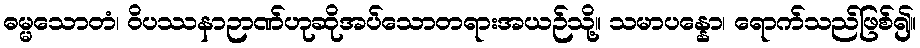
ဓမ္မသောတံ၊ ဝိပဿနာဉာဏ်ဟုဆိုအပ်သောတရားအယဉ်သို့။ သမာပန္နော၊ ရောက်သည်ဖြစ်၍။